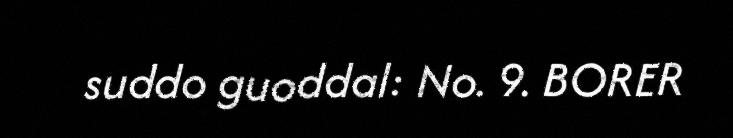
suddo guoddal: No. 9. BORER